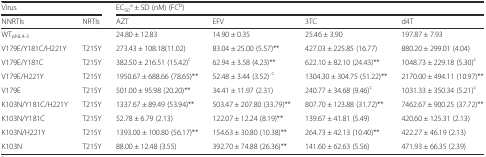
<table><thead><tr><td colspan="2"><b>Virus</b></td><td colspan="4"><b>EC<sub>50</sub><sup>a</sup> ± SD (nM) (FC<sup>b</sup>)</b></td></tr><tr><td><b>NNRTIs</b></td><td><b>NRTIs</b></td><td><b>AZT</b></td><td><b>EFV</b></td><td><b>3TC</b></td><td><b>d4T</b></td></tr></thead><tbody><tr><td colspan="2">WT<sub>pNL4-3</sub></td><td>24.80 ± 12.83</td><td>14.90 ± 0.35</td><td>25.46 ± 3.90</td><td>197.87 ± 7.93</td></tr><tr><td>V179E/Y181C/H221Y</td><td>T215Y</td><td>273.43 ± 108.18(11.02)</td><td>83.04 ± 25.00 (5.57)**</td><td>427.03 ± 225.85 (16.77)</td><td>880.20 ± 299.01 (4.04)</td></tr><tr><td>V179E/Y181C</td><td>T215Y</td><td>382.50 ± 216.51 (15.42)<sup>c</sup></td><td>62.94 ± 3.58 (4.23)**</td><td>622.10 ± 82.10 (24.43)**</td><td>1048.73 ± 229.18 (5.30)<sup>c</sup></td></tr><tr><td>V179E/H221Y</td><td>T215Y</td><td>1950.67 ± 688.66 (78.65)**</td><td>52.48 ± 3.44 (3.52) <sup>c</sup></td><td>1304.30 ± 304.75 (51.22)**</td><td>2170.00 ± 494.11 (10.97)**</td></tr><tr><td>V179E</td><td>T215Y</td><td>501.00 ± 95.98 (20.20)**</td><td>34.41 ± 11.97 (2.31)</td><td>240.77 ± 34.68 (9.46)<sup>c</sup></td><td>1031.33 ± 350.34 (5.21)<sup>c</sup></td></tr><tr><td>K103N/Y181C/H221Y</td><td>T215Y</td><td>1337.67 ± 89.49 (53.94)**</td><td>503.47 ± 207.80 (33.79)**</td><td>807.70 ± 123.88 (31.72)**</td><td>7462.67 ± 900.25 (37.72)**</td></tr><tr><td>K103N/Y181C</td><td>T215Y</td><td>52.78 ± 6.79 (2.13)</td><td>122.07 ± 12.24 (8.19)**</td><td>139.67 ± 41.81 (5.49)</td><td>420.60 ± 125.31 (2.13)</td></tr><tr><td>K103N/H221Y</td><td>T215Y</td><td>1393.00 ± 100.80 (56.17)**</td><td>154.63 ± 30.80 (10.38)**</td><td>264.73 ± 42.13 (10.40)**</td><td>422.27 ± 46.19 (2.13)</td></tr><tr><td>K103N</td><td>T215Y</td><td>88.00 ± 12.48 (3.55)</td><td>392.70 ± 74.88 (26.36)**</td><td>141.60 ± 62.63 (5.56)</td><td>471.93 ± 66.35 (2.39)</td></tr></tbody></table>